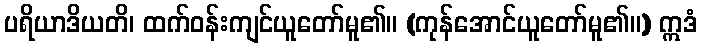
ပရိယာဒိယတိ၊ ထက်ဝန်းကျင်ယူတော်မူ၏။ (ကုန်အောင်ယူတော်မူ၏။) ဣဒံ